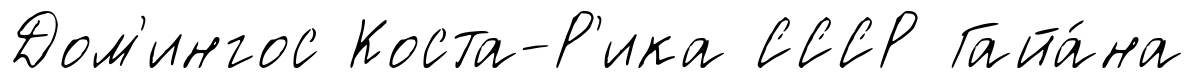
Дом'ингос Коста-Р'ика СССР Гайа́на